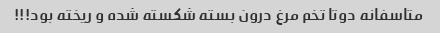
متاسفانه دوتا تخم مرغ درون بسته شکسته شده و ریخته بود!!!